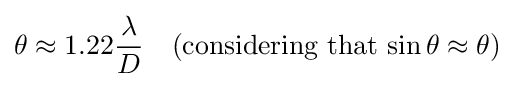
\theta \approx 1.22{\frac {\lambda }{D}}\quad ({\text{considering that}}\,\sin \theta \approx \theta )